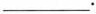
___.